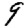
Digit: 9